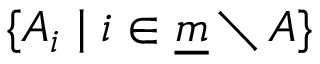
\{ A _ { i } \mid i \in { \underline { { m } } } \setminus A \}